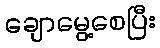
ချောမွေ့စေပြီး